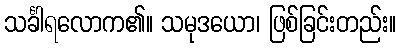
သင်္ခါရလောက၏။ သမုဒယော၊ ဖြစ်ခြင်းတည်း။